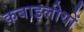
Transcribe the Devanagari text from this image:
क़बाइलीयों